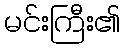
မင်းကြီး၏